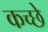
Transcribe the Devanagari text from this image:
कच्छे